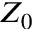
Z _ { 0 }